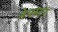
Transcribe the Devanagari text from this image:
नेपस्टर